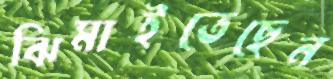
ঝিমাইতেছেন